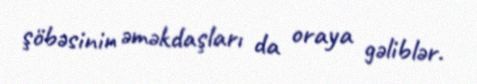
şöbəsinin əməkdaşları da oraya gəliblər.